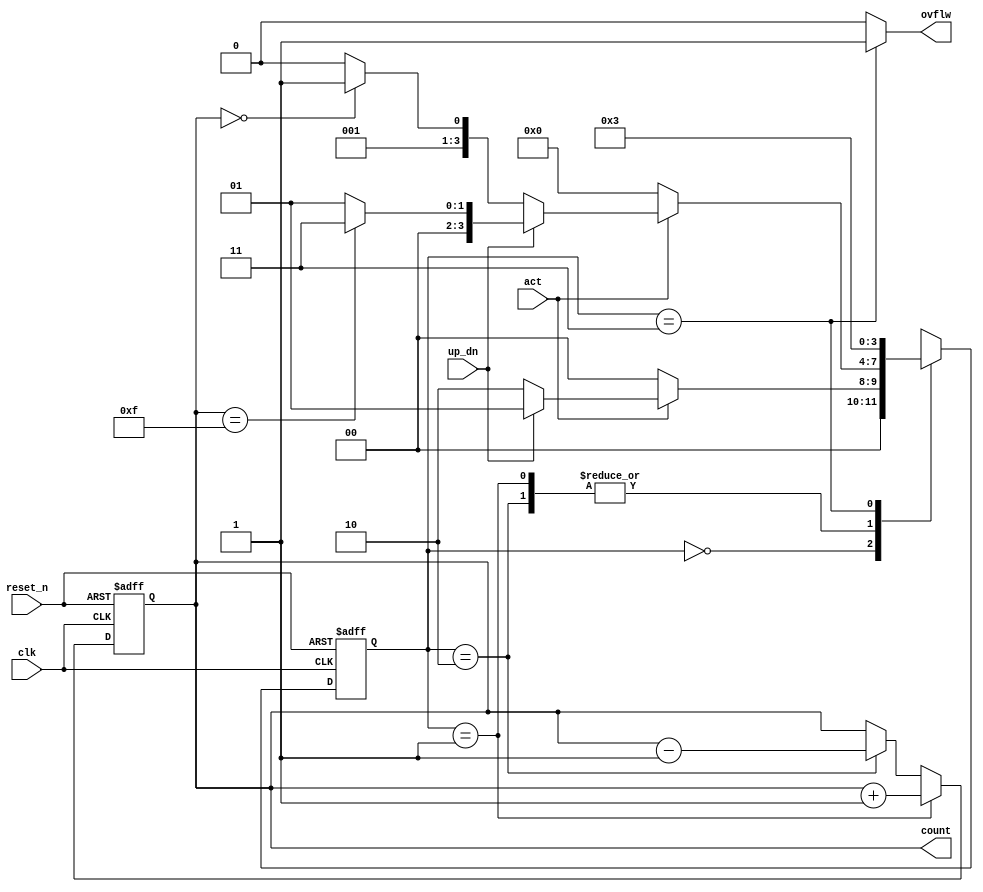
//////////////////////////////////////////////////////////////////////////////////
// Company: 
// 
// Design Name: 
// Module Name: counter_FSM
// Project Name: counter using FSM
// Target Devices: 
// Tool Versions: 
// Description: 
// 
// Dependencies: 
// 
// Revision:
// Revision 0.01 - File Created
// Additional Comments:
// 
//////////////////////////////////////////////////////////////////////////////////
module counter_FSM #(parameter n = 4)
			(clk,reset_n,up_dn,act,count,ovflw);
			
			input clk,reset_n,act,up_dn;
			output [n-1:0]count;
			output ovflw;
			
			reg [n-1:0] count;
			reg [n-1:0] current_state,next_state;
			
			localparam  idle = 0,count_up = 1,count_down = 2,overflow = 3;
			
			always @ (posedge clk ,negedge reset_n) begin
				if (~reset_n)
					current_state <= idle;
				else
					current_state <= next_state;
			end
			
			always @ (posedge clk ,negedge reset_n) begin
				if (~reset_n)
					count <= 0;
				else
					if (current_state == count_up)
						count <= count + 1 ;
					else if (current_state == count_down)
						count <= count - 1 ;
			end
			
			always @(*) begin
				case (current_state)
					idle: 
					begin
						if (act)
							if (up_dn)
								next_state = count_up;
							else
								next_state = count_down;
						else
							next_state = idle;
					end
					
					
					count_up:
					begin
						if (act)
							if (up_dn)
								if (count == (1 << n) - 1)
									next_state = overflow;
								else
									next_state = count_up;
							else
								if (count == 0)
									next_state = overflow;
								else
									next_state = count_down;
						else
							next_state = idle;
					end
					
					
					count_down:
					begin
						if (act)
							if (up_dn)
								if (count == (1 << n) - 1)
									next_state = overflow;
								else
									next_state = count_up;
							else
								if (count == 0)
									next_state = overflow;
								else
									next_state = count_down;
						else
							next_state = idle;
					end
					
						
					overflow:
					begin
						next_state = overflow;
					end
					
					
					default:
					begin
						next_state = 'bx;
					end
				endcase
			end
			
			assign ovflw = (current_state == overflow) ? 1 : 0 ;

endmodule